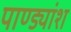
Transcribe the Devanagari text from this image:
पाण्ड्यांश